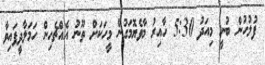
ފުލުހުން ބުނީ މިއަދު 5:30 ހާއިރު މާވެޔޮމަގުން މީހަކަށް ތޫނު އެއްޗެހިން ހަމަލާދީފައިވާ